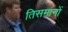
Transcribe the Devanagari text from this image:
तिसमानों